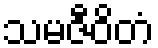
သမဇီဝိတံ